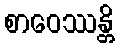
စာဝေဿန္တိ